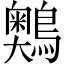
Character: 䴈